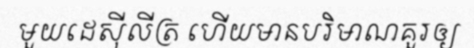
មួយដេស៊ីលីត្រ ហើយមានបរិមាណគួរឲ្យ